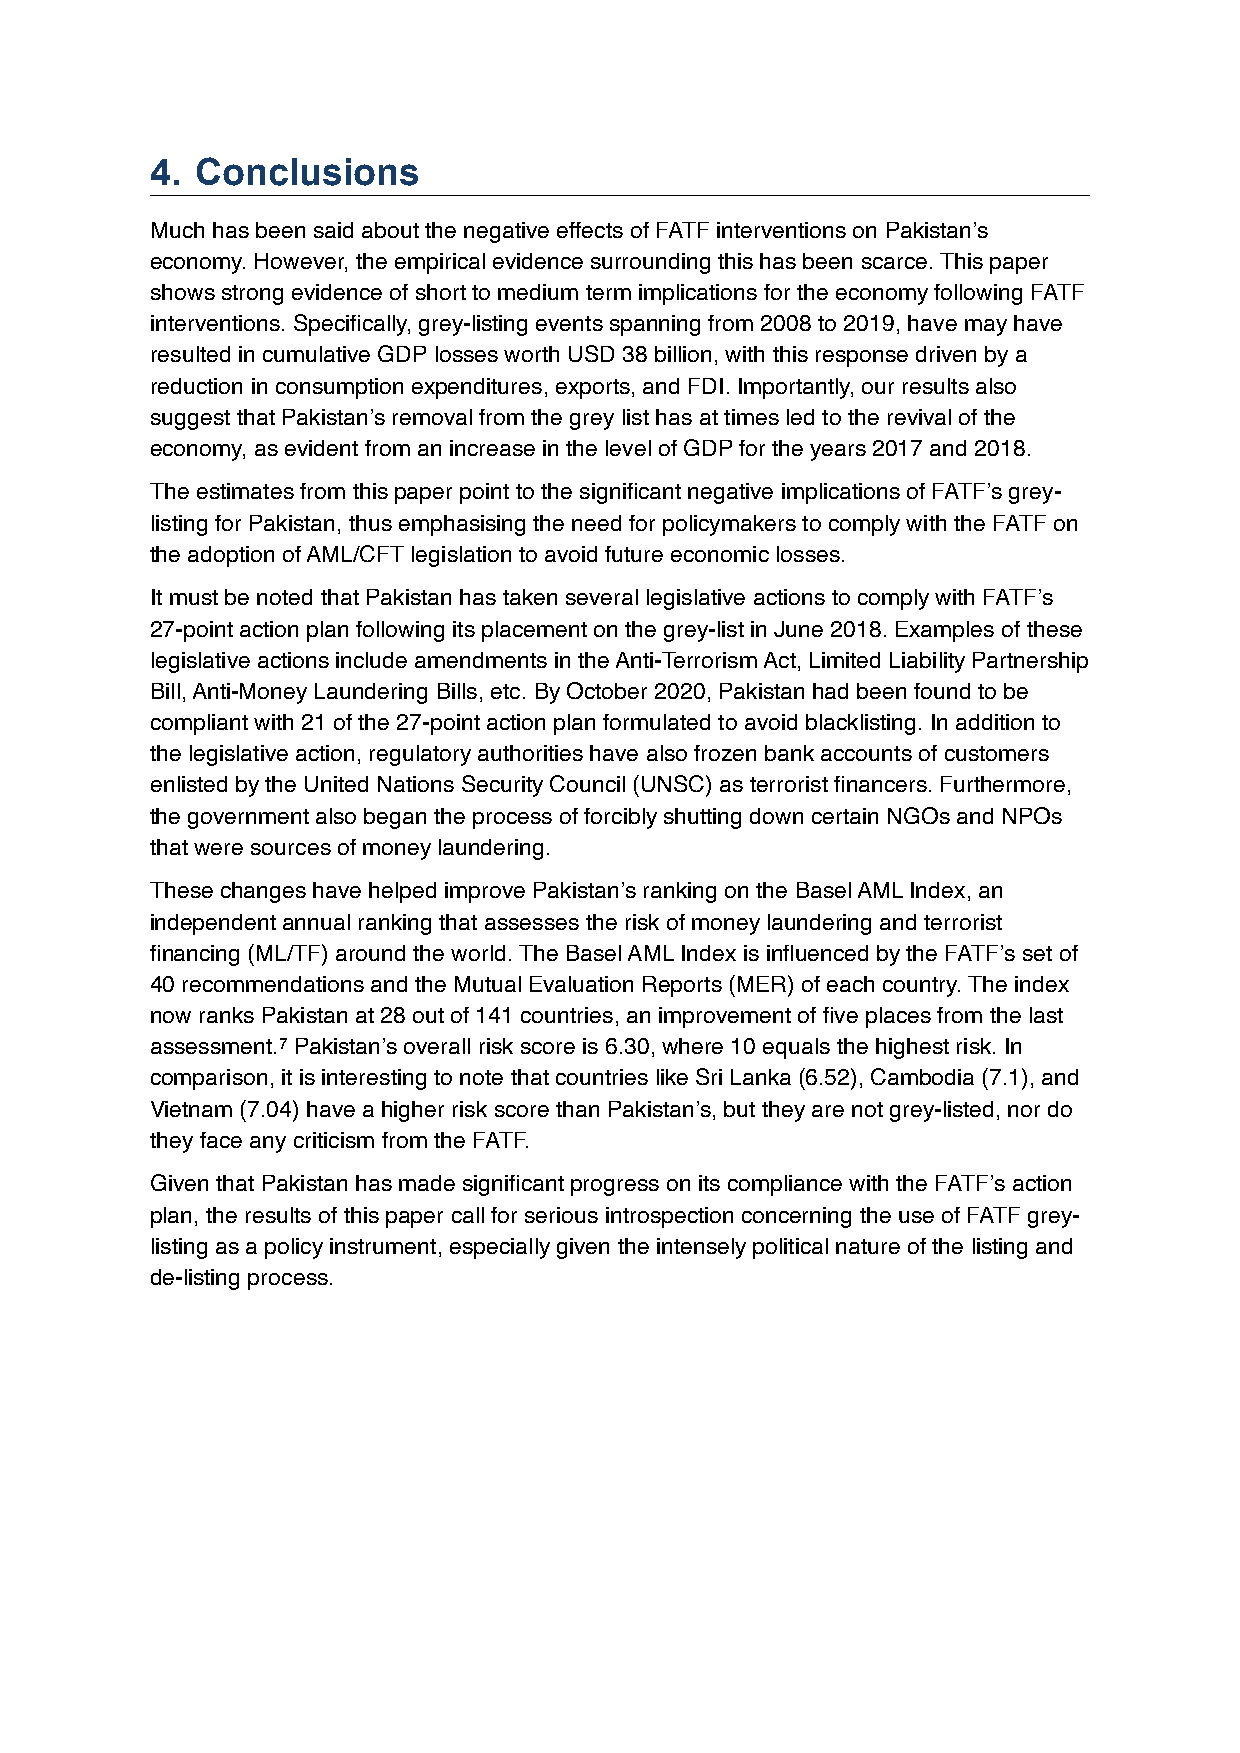
4. Conclusions
 Much has been said about the negative effects of FATF interventions on Pakistan’s
 economy. However, the empirical evidence surrounding this has been scarce. This paper
 shows strong evidence of short to medium term implications for the economy following FATF
 interventions. Specifically, grey-listing events spanning from 2008 to 2019, have may have
 resulted in cumulative GDP losses worth USD 38 billion, with this response driven by a
 reduction in consumption expenditures, exports, and FDI. Importantly, our results also
 suggest that Pakistan’s removal from the grey list has at times led to the revival of the
 economy, as evident from an increase in the level of GDP for the years 2017 and 2018.
 The estimates from this paper point to the significant negative implications of FATF’s grey-
 listing for Pakistan, thus emphasising the need for policymakers to comply with the FATF on
 the adoption of AML/CFT legislation to avoid future economic losses.
 It must be noted that Pakistan has taken several legislative actions to comply with FATF’s
 27-point action plan following its placement on the grey-list in June 2018. Examples of these
 legislative actions include amendments in the Anti-Terrorism Act, Limited Liability Partnership
 Bill, Anti-Money Laundering Bills, etc. By October 2020, Pakistan had been found to be
 compliant with 21 of the 27-point action plan formulated to avoid blacklisting. In addition to
 the legislative action, regulatory authorities have also frozen bank accounts of customers
 enlisted by the United Nations Security Council (UNSC) as terrorist financers. Furthermore,
 the government also began the process of forcibly shutting down certain NGOs and NPOs
 that were sources of money laundering.
 These changes have helped improve Pakistan’s ranking on the Basel AML Index, an
 independent annual ranking that assesses the risk of money laundering and terrorist
 financing (ML/TF) around the world. The Basel AML Index is influenced by the FATF’s set of
 40 recommendations and the Mutual Evaluation Reports (MER) of each country. The index
 now ranks Pakistan at 28 out of 141 countries, an improvement of five places from the last
 assessment.7 Pakistan’s overall risk score is 6.30, where 10 equals the highest risk. In
 comparison, it is interesting to note that countries like Sri Lanka (6.52), Cambodia (7.1), and
 Vietnam (7.04) have a higher risk score than Pakistan’s, but they are not grey-listed, nor do
 they face any criticism from the FATF.
 Given that Pakistan has made significant progress on its compliance with the FATF’s action
 plan, the results of this paper call for serious introspection concerning the use of FATF grey-
 listing as a policy instrument, especially given the intensely political nature of the listing and
 de-listing process.